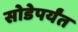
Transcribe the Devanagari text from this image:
सोडेपर्यंत